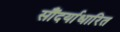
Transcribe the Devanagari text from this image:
सौंदर्याधारित